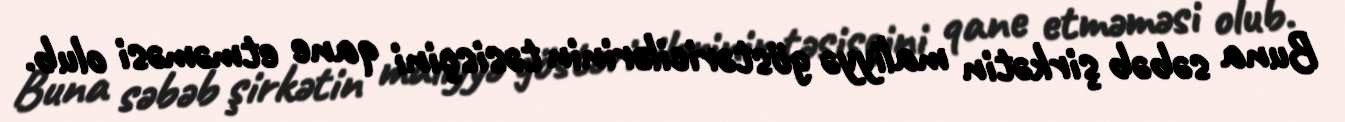
Buna səbəb şirkətin maliyyə göstəricilərinin təsisçini qane etməməsi olub.